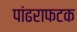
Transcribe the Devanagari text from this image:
पांढराफटक